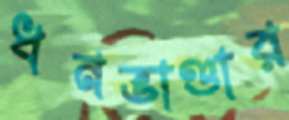
ধনভাণ্ডার